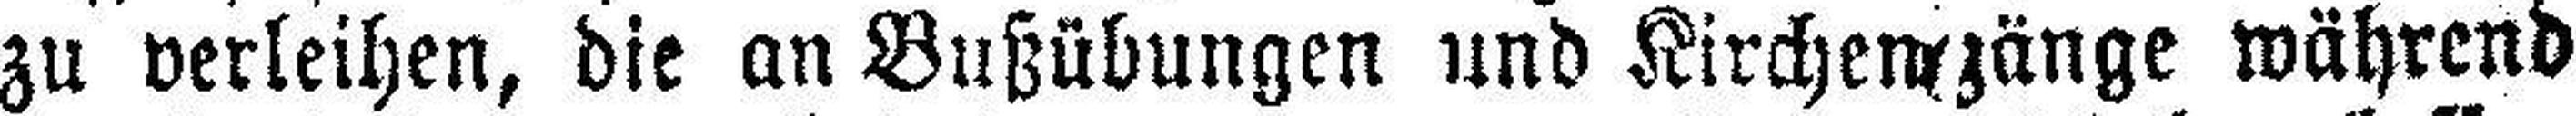
zu verleihen, die an Bußübungen und Kirchengänge während